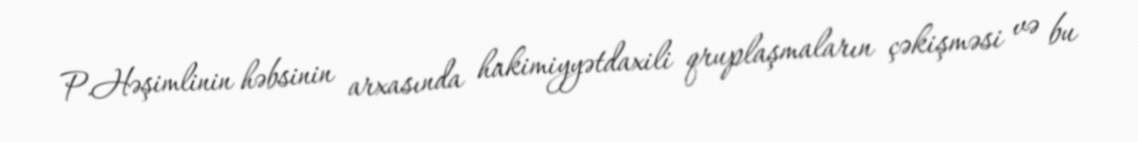
P.Həşimlinin həbsinin arxasında hakimiyyətdaxili qruplaşmaların çəkişməsi və bu